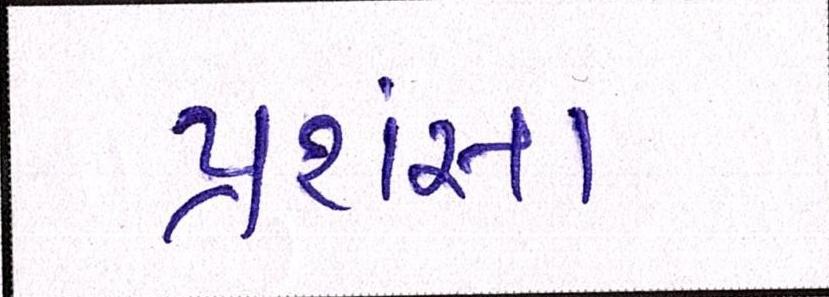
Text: પ્રસંશા